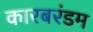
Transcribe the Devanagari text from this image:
कारबरंडम